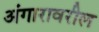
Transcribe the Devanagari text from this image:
अंगारावरील